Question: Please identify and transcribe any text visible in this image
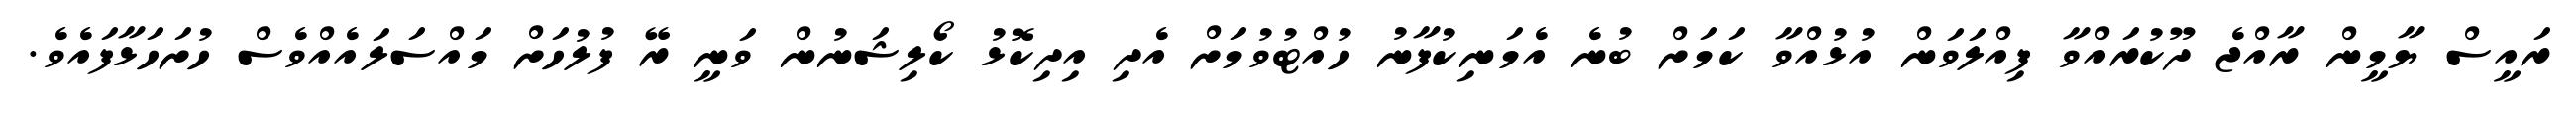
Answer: ރައީސް ޔާމީން ރާއްޖެ ދޫކުރައްވާ ފިއްލަވަން އުޅުއްވާ ކަމަށް ބުނެ އެމަނިކުފާނު ހުއްޓުވުމަށް އެދި އިދިކޮޅު ކޯލިޝަނުން ވަނީ ރޭ ފުލުހަށް މައްސަލައެއްވެސް ހުށަހަޅާފައެވެ.